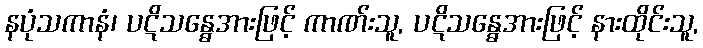
နပုံသကာနံ၊ ပဋိသန္ဓေအားဖြင့် ကာဏ်းသူ, ပဋိသန္ဓေအားဖြင့် နားထိုင်းသူ,